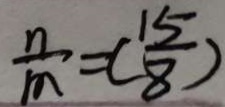
\frac { n } { m } = ( \frac { 1 5 } { 8 } )